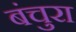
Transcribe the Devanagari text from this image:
बंचुरा